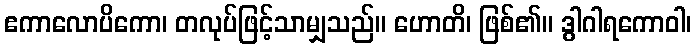
ဧကာလောပိကော၊ တလုပ်ဖြင့်သာမျှသည်။ ဟောတိ၊ ဖြစ်၏။ ဒွါဂါရကောဝါ၊